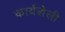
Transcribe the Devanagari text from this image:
कार्यशेली